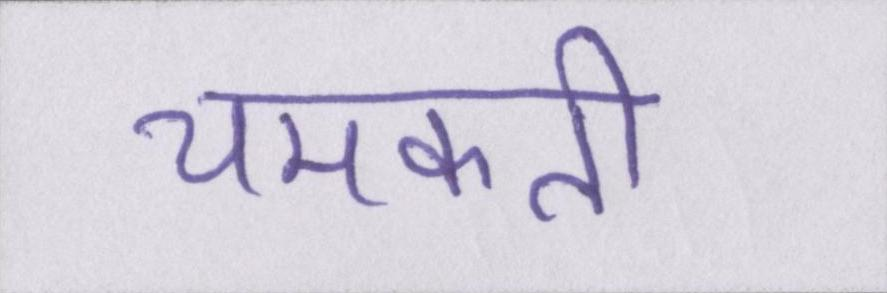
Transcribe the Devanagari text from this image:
चमकती